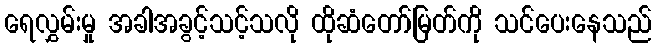
ရေလွှမ်းမှု အခါအခွင့်သင့်သလို ထိုဆံတော်မြတ်ကို သင်ပေးနေသည်